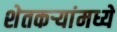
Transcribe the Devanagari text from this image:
शेतकर्‍यांमध्ये